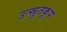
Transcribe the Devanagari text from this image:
उत्स्रुतकूप